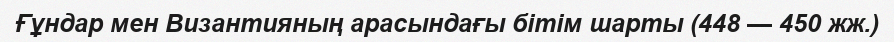
Ғұндар мен Византияның арасындағы бітім шарты (448 — 450 жж.)